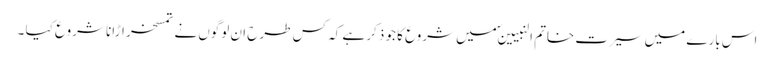
اس بارے میں سیرت خاتم النبیینؐ میں شروع کا جو ذکر ہے کہ کس طرح ان لوگوں نے تمسخر اڑانا شروع کیا ۔